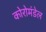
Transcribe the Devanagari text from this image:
कोरोमंडेल